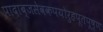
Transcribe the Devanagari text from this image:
पादाब्जसेवकपयोरुहपूतपूष्णः